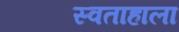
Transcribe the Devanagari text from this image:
स्वताहाला